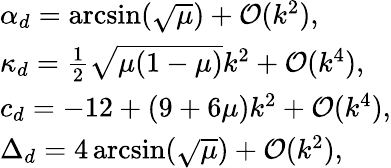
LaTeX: \begin{array}{l}{\alpha_{d}=\arcsin(\sqrt{\mu})+\mathcal{O}(k^{2}),}\\ {\kappa_{d}=\frac{1}{2}\sqrt{\mu(1-\mu)}k^{2}+\mathcal{O}(k^{4}),}\\ {c_{d}=-12+(9+6\mu)k^{2}+\mathcal{O}(k^{4}),}\\ {\Delta_{d}=4\arcsin(\sqrt{\mu})+\mathcal{O}(k^{2}),}\end{array}